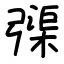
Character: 㣄